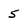
Character: 5